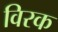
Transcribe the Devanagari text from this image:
विरक